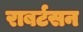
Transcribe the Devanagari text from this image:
राबर्टसन